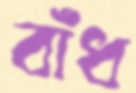
বাঁধ